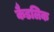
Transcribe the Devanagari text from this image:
कैडलिक